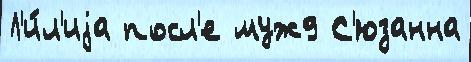
Л'и́л'иjа посл'е муж9 С'юзанна